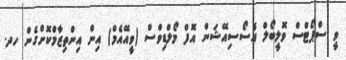
ވީ ސްޕޯޓްސް ވޮލީބޯލް އެސޯސިއޭޝަން އޮފް މޯލްޑިވްސް (ވީއޭއެމް) އިން އިންތިޒާމްކޮށްގެން ހދ.